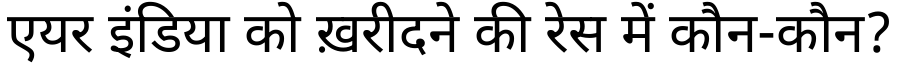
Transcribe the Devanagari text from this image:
एयर इंडिया को ख़रीदने की रेस में कौन-कौन?